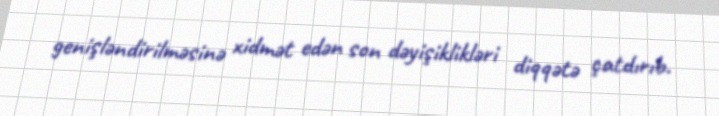
genişləndirilməsinə xidmət edən son dəyişiklikləri diqqətə çatdırıb.